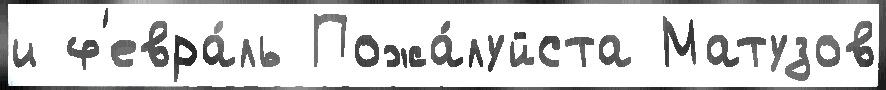
и ф'евра́ль Пожа́луйста Матузов